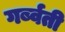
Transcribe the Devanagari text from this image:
गर्ब्वती